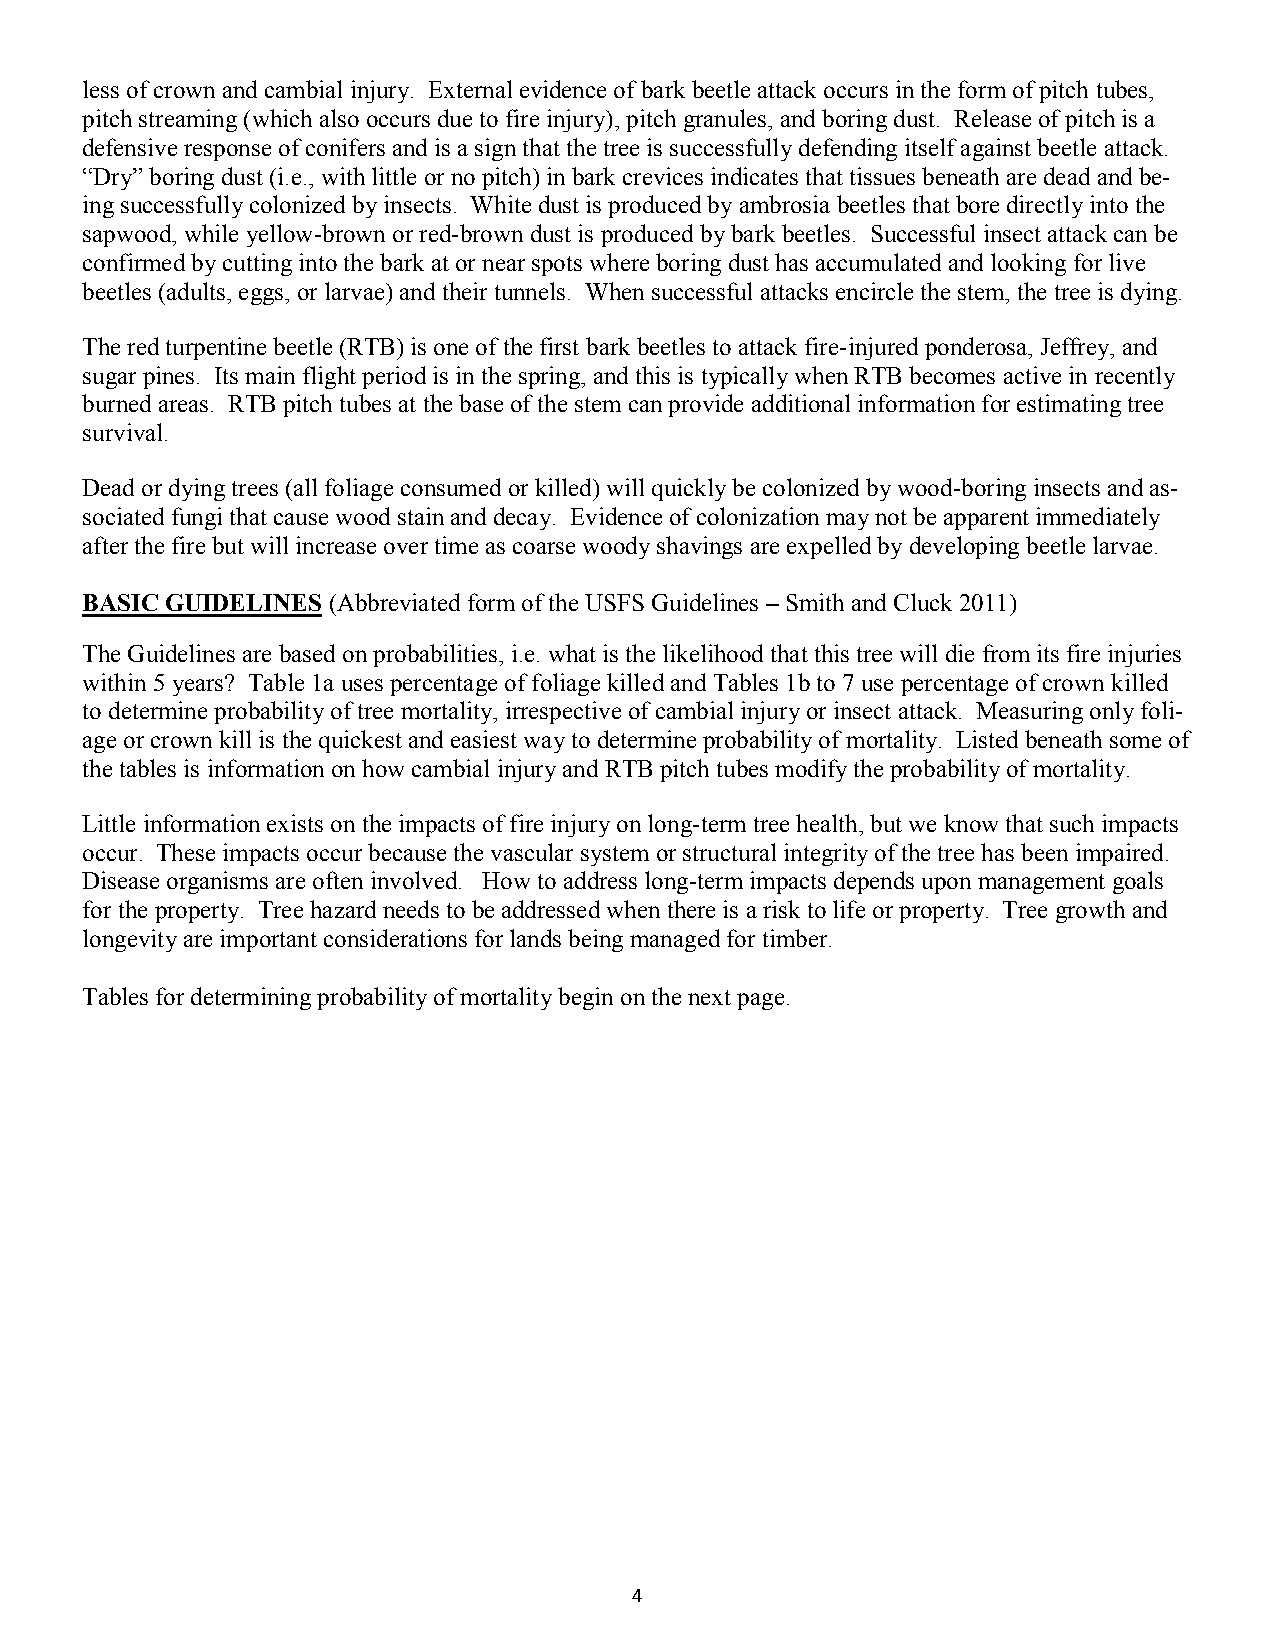
less of crown and cambial injury. External evidence of bark beetle attack occurs in the form of pitch tubes,
 pitch streaming (which also occurs due to fire injury), pitch granules, and boring dust. Release of pitch is a
 defensive response of conifers and is a sign that the tree is successfully defending itself against beetle attack.
 “Dry” boring dust (i.e., with little or no pitch) in bark crevices indicates that tissues beneath are dead and be-
 ing successfully colonized by insects. White dust is produced by ambrosia beetles that bore directly into the
 sapwood, while yellow-brown or red-brown dust is produced by bark beetles. Successful insect attack can be
 confirmed by cutting into the bark at or near spots where boring dust has accumulated and looking for live
 beetles (adults, eggs, or larvae) and their tunnels. When successful attacks encircle the stem, the tree is dying.
 The red turpentine beetle (RTB) is one of the first bark beetles to attack fire-injured ponderosa, Jeffrey, and
 sugar pines. Its main flight period is in the spring, and this is typically when RTB becomes active in recently
 burned areas. RTB pitch tubes at the base of the stem can provide additional information for estimating tree
 survival.
 Dead or dying trees (all foliage consumed or killed) will quickly be colonized by wood-boring insects and as-
 sociated fungi that cause wood stain and decay. Evidence of colonization may not be apparent immediately
 after the fire but will increase over time as coarse woody shavings are expelled by developing beetle larvae.
 BASIC GUIDELINES (Abbreviated form of the USFS Guidelines – Smith and Cluck 2011)
 The Guidelines are based on probabilities, i.e. what is the likelihood that this tree will die from its fire injuries
 within 5 years? Table 1a uses percentage of foliage killed and Tables 1b to 7 use percentage of crown killed
 to determine probability of tree mortality, irrespective of cambial injury or insect attack. Measuring only foli-
 age or crown kill is the quickest and easiest way to determine probability of mortality. Listed beneath some of
 the tables is information on how cambial injury and RTB pitch tubes modify the probability of mortality.
 Little information exists on the impacts of fire injury on long-term tree health, but we know that such impacts
 occur. These impacts occur because the vascular system or structural integrity of the tree has been impaired.
 Disease organisms are often involved. How to address long-term impacts depends upon management goals
 for the property. Tree hazard needs to be addressed when there is a risk to life or property. Tree growth and
 longevity are important considerations for lands being managed for timber.
 Tables for determining probability of mortality begin on the next page.
 4